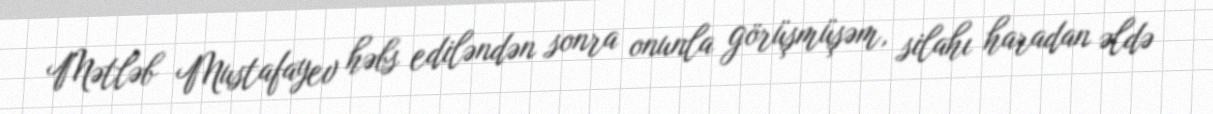
Mətləb Mustafayev həbs ediləndən sonra onunla görüşmüşəm, silahı haradan əldə